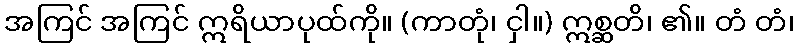
အကြင် အကြင် ဣရိယာပုထ်ကို။ (ကာတုံ၊ ငှါ။) ဣစ္ဆတိ၊ ၏။ တံ တံ၊